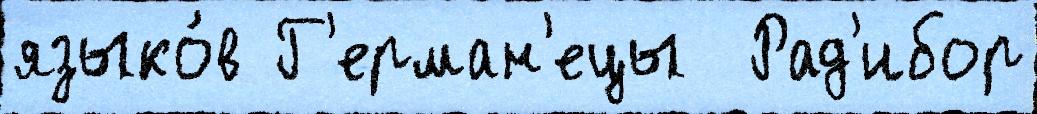
языко́в Г'ерман'ецы  Рад'ибор